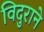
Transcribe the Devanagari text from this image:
विदुराने